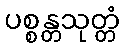
ပစ္စန္တသုတ္တံ